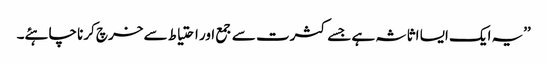
’’یہ ایک ایسا اثاثہ ہے جسے کثرت سے جمع اور احتیاط سے خرچ کرنا چاہئے۔